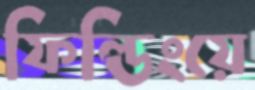
ফিল্ডিংয়ে